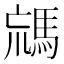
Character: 𩣐